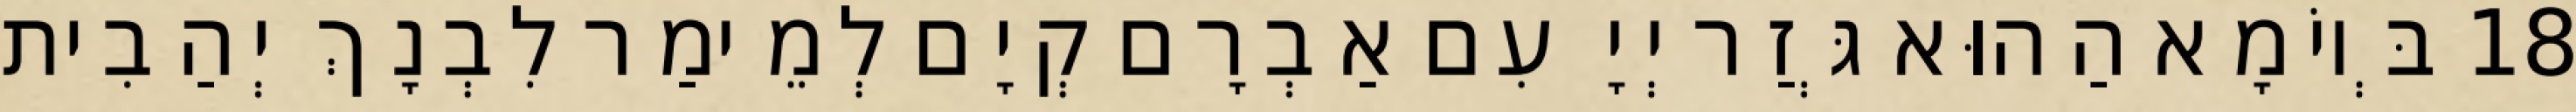
18 בְּיוֹמָא הַהוּא גְּזַר יְיָ עִם אַבְרָם קְיָם לְמֵימַר לִבְנָךְ יְהַבִית